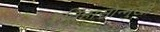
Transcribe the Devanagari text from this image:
इतिहासोन्मुखी